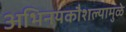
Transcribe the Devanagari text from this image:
अभिनयकौशल्यामुळे